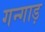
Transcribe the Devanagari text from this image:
गन्गाड़